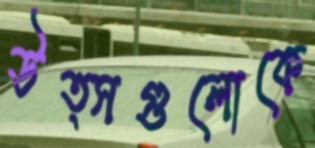
উত্সগুলোকে